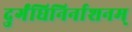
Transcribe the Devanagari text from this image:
दुर्गंधिनिर्नाशनम्